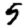
Digit: 5